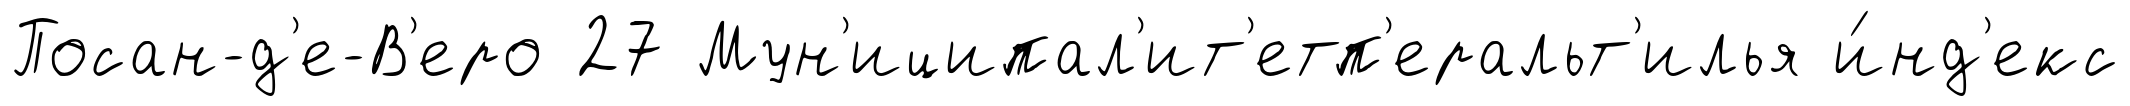
Посан-д'е-В'еро 27 Мун'иципал'ит'етп'еральт'илья и́нд'екс